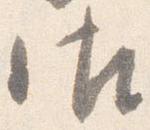
御